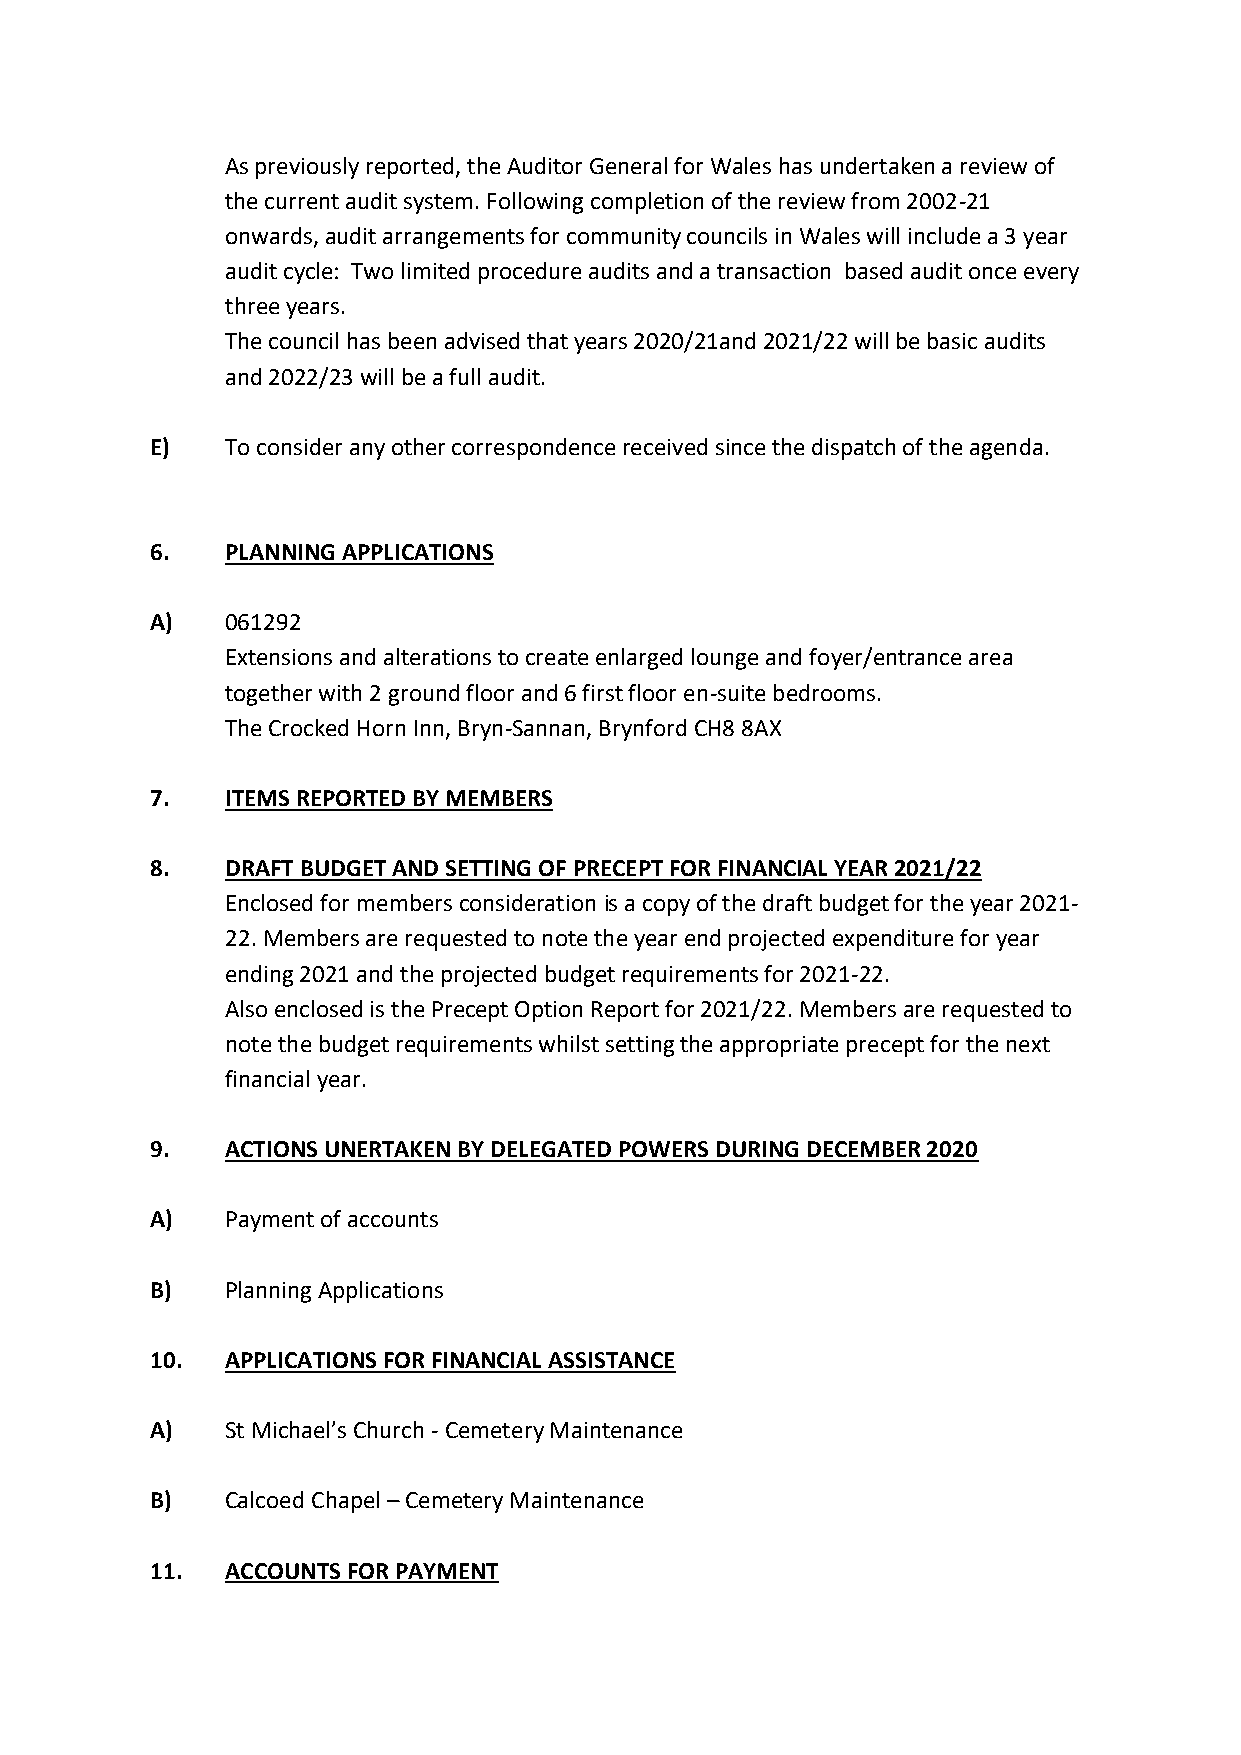
As previously reported, the Auditor General for Wales has undertaken a review of
 the current audit system. Following completion of the review from 2002-21
 onwards, audit arrangements for community councils in Wales will include a 3 year
 audit cycle: Two limited procedure audits and a transaction based audit once every
 three years.
 The council has been advised that years 2020/21and 2021/22 will be basic audits
 and 2022/23 will be a full audit.
 E)   To consider any other correspondence received since the dispatch of the agenda.
 6.   PLANNING APPLICATIONS
 A)   061292
 Extensions and alterations to create enlarged lounge and foyer/entrance area
 together with 2 ground floor and 6 first floor en-suite bedrooms.
 The Crocked Horn Inn, Bryn-Sannan, Brynford CH8 8AX
 7.   ITEMS REPORTED BY MEMBERS
 8.   DRAFT BUDGET AND SETTING OF PRECEPT FOR FINANCIAL YEAR 2021/22
 Enclosed for members consideration is a copy of the draft budget for the year 2021-
 22. Members are requested to note the year end projected expenditure for year
 ending 2021 and the projected budget requirements for 2021-22.
 Also enclosed is the Precept Option Report for 2021/22. Members are requested to
 note the budget requirements whilst setting the appropriate precept for the next
 financial year.
 9.   ACTIONS UNERTAKEN BY DELEGATED POWERS DURING DECEMBER 2020
 A)   Payment of accounts
 B)   Planning Applications
 10.  APPLICATIONS FOR FINANCIAL ASSISTANCE
 A)   St Michael’s Church - Cemetery Maintenance
 B)   Calcoed Chapel – Cemetery Maintenance
 11.  ACCOUNTS FOR PAYMENT